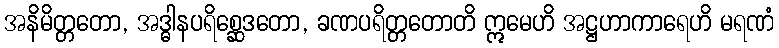
အနိမိတ္တတော, အဒ္ဓါနပရိစ္ဆေဒတော, ခဏပရိတ္တတောတိ ဣမေဟိ အဋ္ဌဟာကာရေဟိ မရဏံ